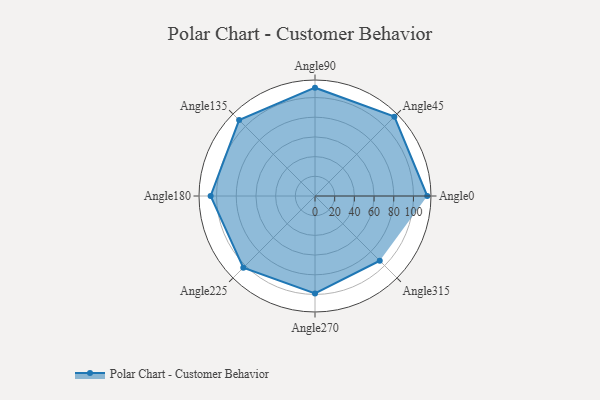
{"axis": {"x": "Angle", "y": "Radius"}, "legend": [""], "data": [{"x": "Angle0", "y": 114.0, "type": ""}, {"x": "Angle45", "y": 114.0, "type": ""}, {"x": "Angle90", "y": 110.0, "type": ""}, {"x": "Angle135", "y": 109.0, "type": ""}, {"x": "Angle180", "y": 106.0, "type": ""}, {"x": "Angle225", "y": 103.0, "type": ""}, {"x": "Angle270", "y": 99.0, "type": ""}, {"x": "Angle315", "y": 93.0, "type": ""}]}